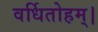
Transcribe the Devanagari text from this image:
वर्धितोहम्।